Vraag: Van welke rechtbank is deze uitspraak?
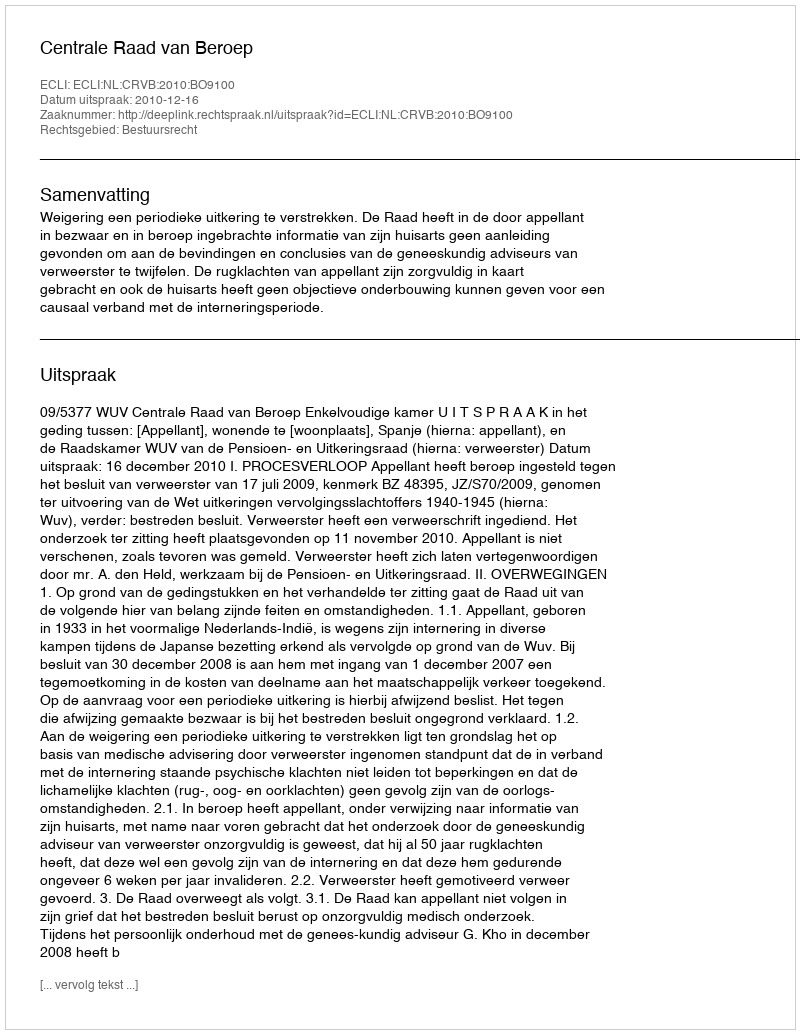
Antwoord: Centrale Raad van Beroep